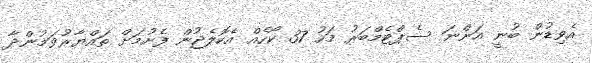
އެވިޑުން ބުނީ އަންނަ ސެޕްޓެމްބަރު މަހު 37 ކޯހެއް އެކޮލެޖުން ފެށުމަށް ތައްޔާރުވަމުންދާ